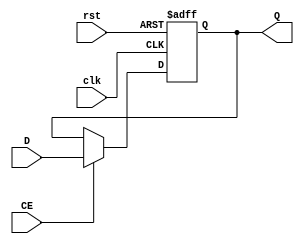
`timescale 1ns / 1ps
//////////////////////////////////////////////////////////////////////////////////
// Company: 
// Engineer: 
// 
// Design Name: 
// Module Name:    REG32 
// Project Name: 
// Target Devices: 
// Tool versions: 
// Description: 
//
// Dependencies: 
//
// Revision: 
// Revision 0.01 - File Created
// Additional Comments: 
//
//////////////////////////////////////////////////////////////////////////////////
module REG32(input clk,
             input rst,
             input CE,
             input [31:0] D,
             output reg[31:0] Q
            );

    always @(posedge clk or posedge rst) 
    begin
        if(rst == 1)
            Q <= 0;
        else if(CE == 1)
            Q <= D;
    end

endmodule